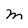
Character: m